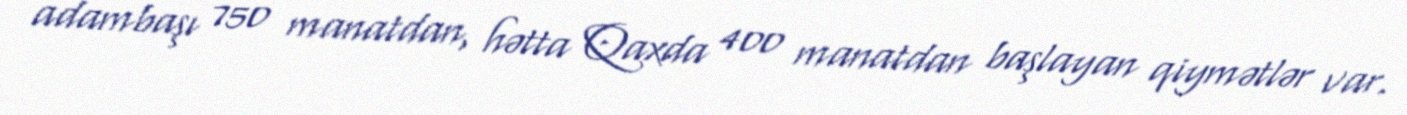
adambaşı 750 manatdan, hətta Qaxda 400 manatdan başlayan qiymətlər var.